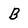
Character: B